Indian journal of veterinary science and animal husbandry - Volume 8,
Year: 1938
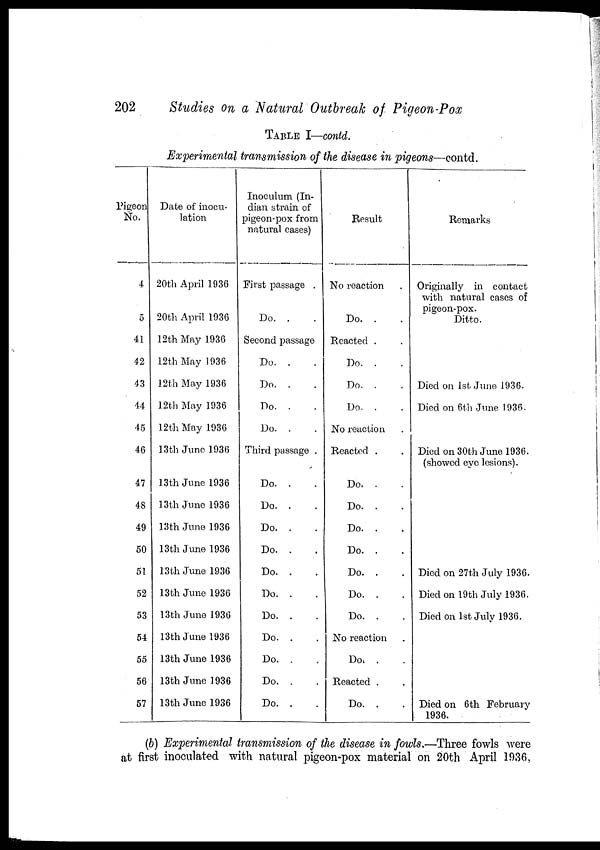
202
Studies on a Natural Outbreak of Pigeon -Pox
TABLE I—contd.
Experimental transmission of the disease in pigeons—contd.
Pigeon
No.
4
5
41
42
43
44
45
46
47
48
49
50
51
52
53
54
55
56
57
Date of inocu¬
lation
20th April 1936
20th April 1936
12th May 1936
12th May 1936
12th May 1936
12th May 1936
12th May 1936
13th June 1936
13th June 1936
13th June 1936
13th June 1936
13th June 1936
13th June 1936
13th June 1936
13th June 1936
13th June 1936
13th June 1936
13th June 1936
13th June 1936
Inoculum (In-
dian strain of
pigeon-pox from
natural cases)
First passage .
Do. .
Second passage
Do. . .
Do. . .
Do. . .
Do. .
Third passage .
Do. . .
Do. . .
Do. . .
Do. . .
Do. . .
Do. . .
Do. . .
Do. . .
Do. . .
Do. . .
Do. . .
Result
No reaction
Do. .
Reacted . .
Do. . .
Do. .
Do. .
No reaction
Reacted .
Do. . .
Do. . .
Do. . .
Do. . .
Do. . .
Do. . .
Do. . .
No reaction .
Do.
. .
Reacted . .
Do. . .
Remarks
Originally in contact
with natural cases of
pigeon-pox.
Ditto.
Died on 1st June 1936.
Died on 6th June 1936.
Died on 30th June 1936.
(showed eye lesions).
Died on 27th July 1936.
Died on 19th July 1936.
Died on 1st July 1936.
Died on 6th February
1936.
(b) Experimental transmission of the disease in fowls.—Three fowls were
at first inoculated with natural pigeon-pox material on 20th April 1936,